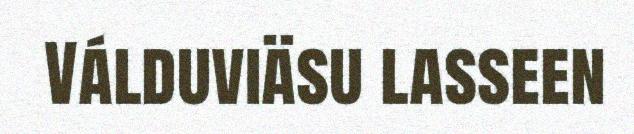
Válduviäsu lasseen